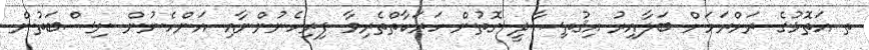
ތ އަތޮޅުގެ ރަށްރަށަށް ބަލާއިރު އިޤުތިޞާދީ ގޮތުން ހަރަކާތްތެރިވާ ފިރިހެނުންނާއި އަންހެނުން ނިސްބަތުން